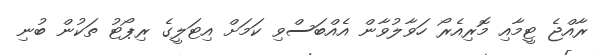
ރާއްޖެ ޓީމާއި މޮރިއެރޯ ހަވާލުވާން އެއްބަސްވި ކަމަށް އިޓަލީގެ ރިޕޯޓު ތަކުން ބުނި